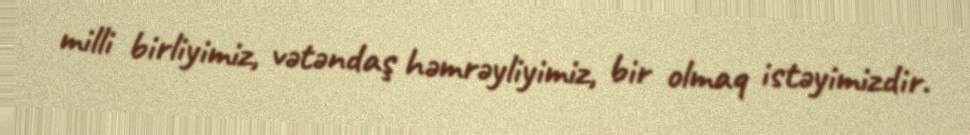
milli birliyimiz, vətəndaş həmrəyliyimiz, bir olmaq istəyimizdir.